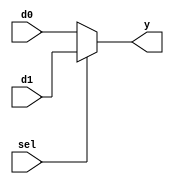
`timescale 1ns / 1ps
//////////////////////////////////////////////////////////////////////////////////
// Company: 
// Engineer: 
// 
// Design Name: 
// Module Name: b1_mux_2_1_sel
// Project Name: 
// Target Devices: 
// Tool Versions: 
// Description: 
// 
// Dependencies: 
// 
// Revision:
// Revision 0.01 - File Created
// Additional Comments:
// 
//////////////////////////////////////////////////////////////////////////////////


module b1_mux_2_1_sel(
    input d0,
    input d1,
    input sel,
    output y
    );
    assign y = sel ? d1 : d0;
endmodule